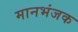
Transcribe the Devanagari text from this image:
मानभंजक